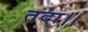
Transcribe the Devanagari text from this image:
तदा।।